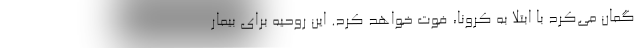
گمان می‌کرد با ابتلا به کرونا، فوت خواهد کرد. این روحیه برای بیمار